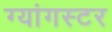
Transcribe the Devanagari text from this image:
ग्यांगस्टर